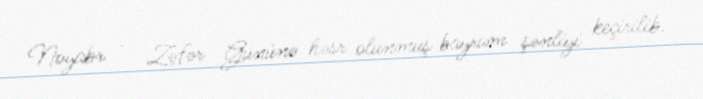
Noyabr – Zəfər Gününə həsr olunmuş bayram şənliyi keçirilib.